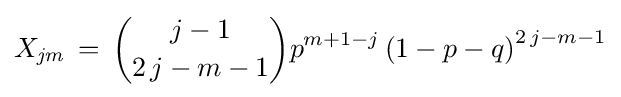
X_{\it {jm}}\,=\,{j-1 \choose 2\,j-m-1}{p}^{m+1-j}\left(1-p-q\right)^{2\,j-m-1}